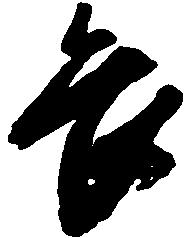
畏